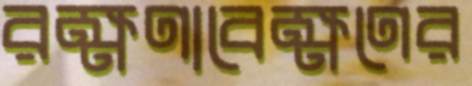
রক্ষণাবেক্ষণের